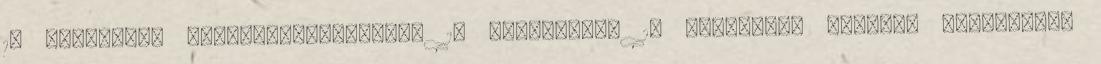
13 Különböző játéktevékenységek 16 Drámajáték 19 Rituálék, szilárd struktúrák